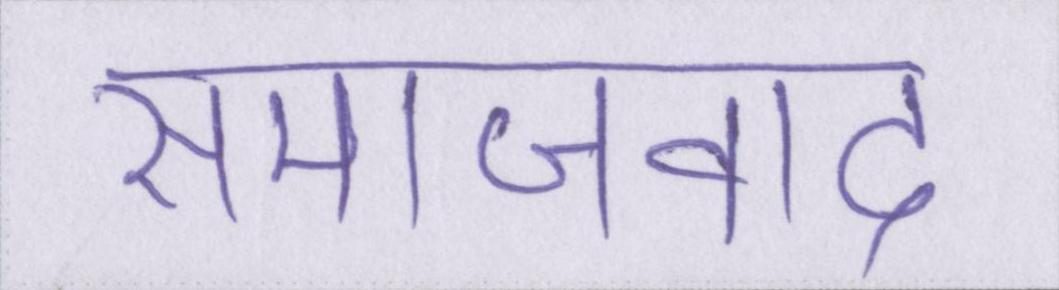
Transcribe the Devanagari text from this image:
समाजवाद